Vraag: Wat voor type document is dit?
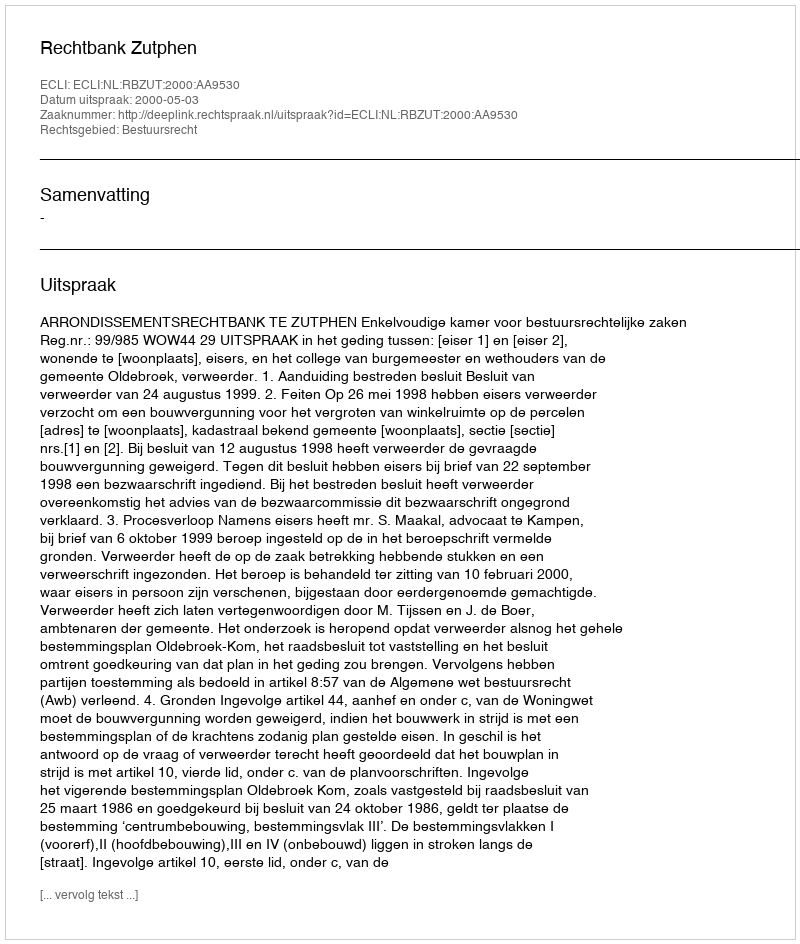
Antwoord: Uitspraak